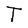
Character: T